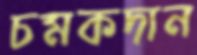
চমকদান